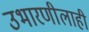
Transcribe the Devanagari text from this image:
उभारणीलाही